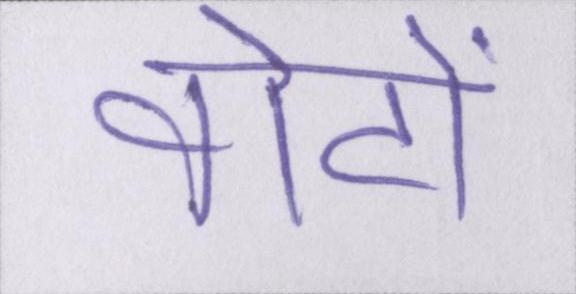
वोटों